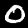
Label: 0